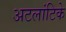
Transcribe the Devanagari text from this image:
अटलांटिके